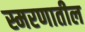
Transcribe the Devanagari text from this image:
स्मरणातील